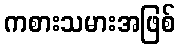
ကစားသမားအဖြစ်